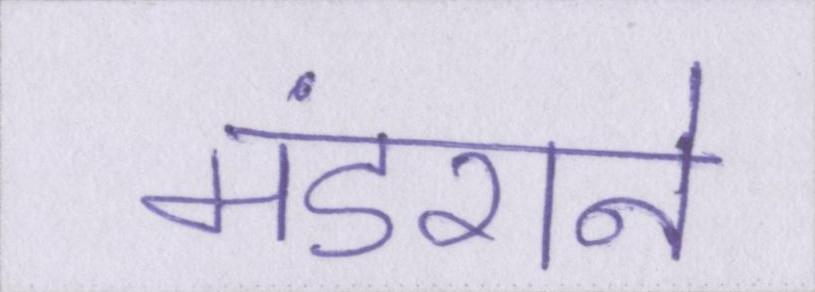
मंडराने